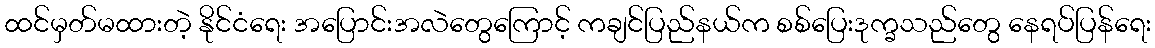
ထင်မှတ်မထားတဲ့ နိုင်ငံရေး အပြောင်းအလဲတွေကြောင့် ကချင်ပြည်နယ်က စစ်ပြေးဒုက္ခသည်တွေ နေရပ်ပြန်ရေး